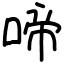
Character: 啼